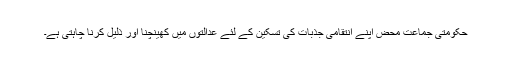
حکومتی جماعت محض اپنے انتقامی جذبات کی تسکین کے لئے عدالتوں میں کھینچنا اور ذلیل کرنا چاہتی ہے۔